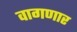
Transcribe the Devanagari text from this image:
वागणार